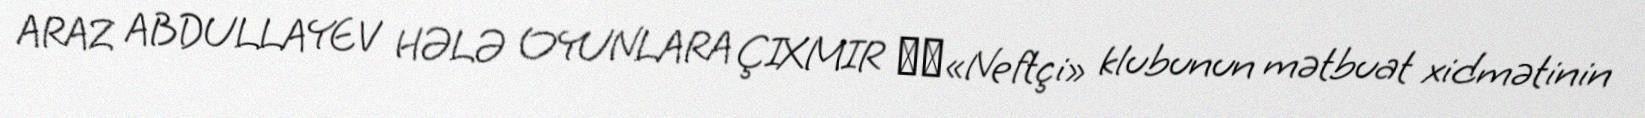
ARAZ ABDULLAYEV HƏLƏ OYUNLARA ÇIXMIR ​​«Neftçi» klubunun mətbuat xidmətinin